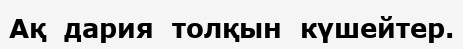
Ақ  дария  толқын  күшейтер.